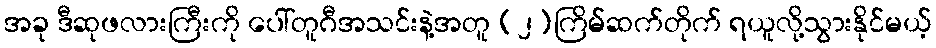
အခု ဒီဆုဖလားကြီးကို ပေါ်တူဂီအသင်းနဲ့အတူ (၂)ကြိမ်ဆက်တိုက် ရယူလို့သွားနိုင်မယ့်